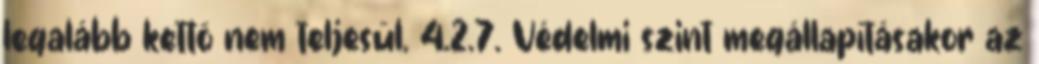
legalább kettõ nem teljesül. 4.2.7. Védelmi szint megállapításakor az